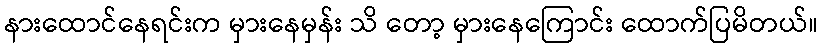
နားထောင်နေရင်းက မှားနေမှန်း သိ တော့ မှားနေကြောင်း ထောက်ပြမိတယ်။